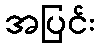
အပြင်း